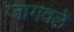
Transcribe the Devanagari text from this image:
जागवले